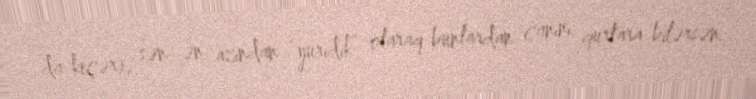
da keçər), sən ən azından “yuridik” olaraq bunlardan canını qurtara bilərsən.